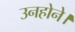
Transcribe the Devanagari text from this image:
उनहोने।